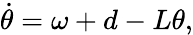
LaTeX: \dot{{\mathbf{\theta}}}=\omega+d-L{\mathbf{\theta}},